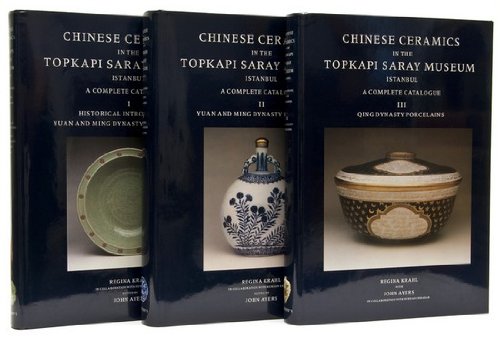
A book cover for Chinese Ceramics in Topkapi Saray Museum, Istanbul: A Complete Catalogue; Regina Krahl; Crafts, Hobbies & Home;